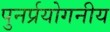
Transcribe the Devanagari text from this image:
पुनर्प्रयोगनीय